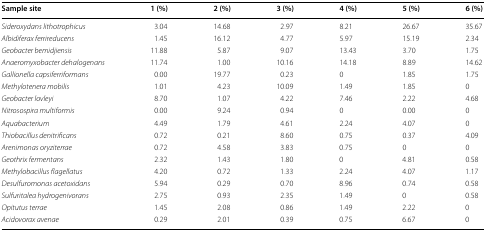
<table><thead><tr><td><b>Sample site</b></td><td><b>1 (%)</b></td><td><b>2 (%)</b></td><td><b>3 (%)</b></td><td><b>4 (%)</b></td><td><b>5 (%)</b></td><td><b>6 (%)</b></td></tr></thead><tbody><tr><td><i>Sideroxydans lithotrophicus</i></td><td>3.04</td><td>14.68</td><td>2.97</td><td>8.21</td><td>26.67</td><td>35.67</td></tr><tr><td><i>Albidiferax ferrireducens</i></td><td>1.45</td><td>16.12</td><td>4.77</td><td>5.97</td><td>15.19</td><td>2.34</td></tr><tr><td><i>Geobacter bemidjiensis</i></td><td>11.88</td><td>5.87</td><td>9.07</td><td>13.43</td><td>3.70</td><td>1.75</td></tr><tr><td><i>Anaeromyxobacter dehalogenans</i></td><td>11.74</td><td>1.00</td><td>10.16</td><td>14.18</td><td>8.89</td><td>14.62</td></tr><tr><td><i>Gallionella capsiferriformans</i></td><td>0.00</td><td>19.77</td><td>0.23</td><td>0</td><td>1.85</td><td>1.75</td></tr><tr><td><i>Methylotenera mobilis</i></td><td>1.01</td><td>4.23</td><td>10.09</td><td>1.49</td><td>1.85</td><td>0</td></tr><tr><td><i>Geobacter lovleyi</i></td><td>8.70</td><td>1.07</td><td>4.22</td><td>7.46</td><td>2.22</td><td>4.68</td></tr><tr><td><i>Nitrosospira multiformis</i></td><td>0.00</td><td>9.24</td><td>0.94</td><td>0</td><td>0.00</td><td>0</td></tr><tr><td><i>Aquabacterium</i></td><td>4.49</td><td>1.79</td><td>4.61</td><td>2.24</td><td>4.07</td><td>0</td></tr><tr><td><i>Thiobacillus denitrificans</i></td><td>0.72</td><td>0.21</td><td>8.60</td><td>0.75</td><td>0.37</td><td>4.09</td></tr><tr><td><i>Arenimonas oryziterrae</i></td><td>0.72</td><td>4.58</td><td>3.83</td><td>0.75</td><td>0</td><td>0</td></tr><tr><td><i>Geothrix fermentans</i></td><td>2.32</td><td>1.43</td><td>1.80</td><td>0</td><td>4.81</td><td>0.58</td></tr><tr><td><i>Methylobacillus flagellatus</i></td><td>4.20</td><td>0.72</td><td>1.33</td><td>2.24</td><td>4.07</td><td>1.17</td></tr><tr><td><i>Desulfuromonas acetoxidans</i></td><td>5.94</td><td>0.29</td><td>0.70</td><td>8.96</td><td>0.74</td><td>0.58</td></tr><tr><td><i>Sulfuritalea hydrogenivorans</i></td><td>2.75</td><td>0.93</td><td>2.35</td><td>1.49</td><td>0</td><td>0.58</td></tr><tr><td><i>Opitutus terrae</i></td><td>1.45</td><td>2.08</td><td>0.86</td><td>1.49</td><td>2.22</td><td>0</td></tr><tr><td><i>Acidovorax avenae</i></td><td>0.29</td><td>2.01</td><td>0.39</td><td>0.75</td><td>6.67</td><td>0</td></tr></tbody></table>